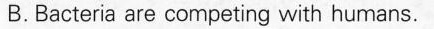
B.Bacteria are competing with humans.